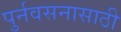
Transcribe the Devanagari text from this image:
पुर्नवसनासाठी